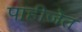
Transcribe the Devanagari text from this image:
पाहीजेत